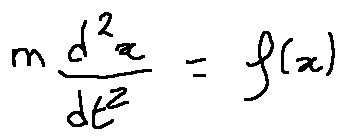
m \frac { d ^ { 2 } x } { d t ^ { 2 } } = f ( x )